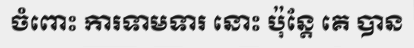
ចំពោះ ការទាមទារ នោះ ប៉ុន្តែ គេ បាន